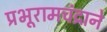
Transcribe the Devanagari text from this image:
प्रभूरामचंद्राने